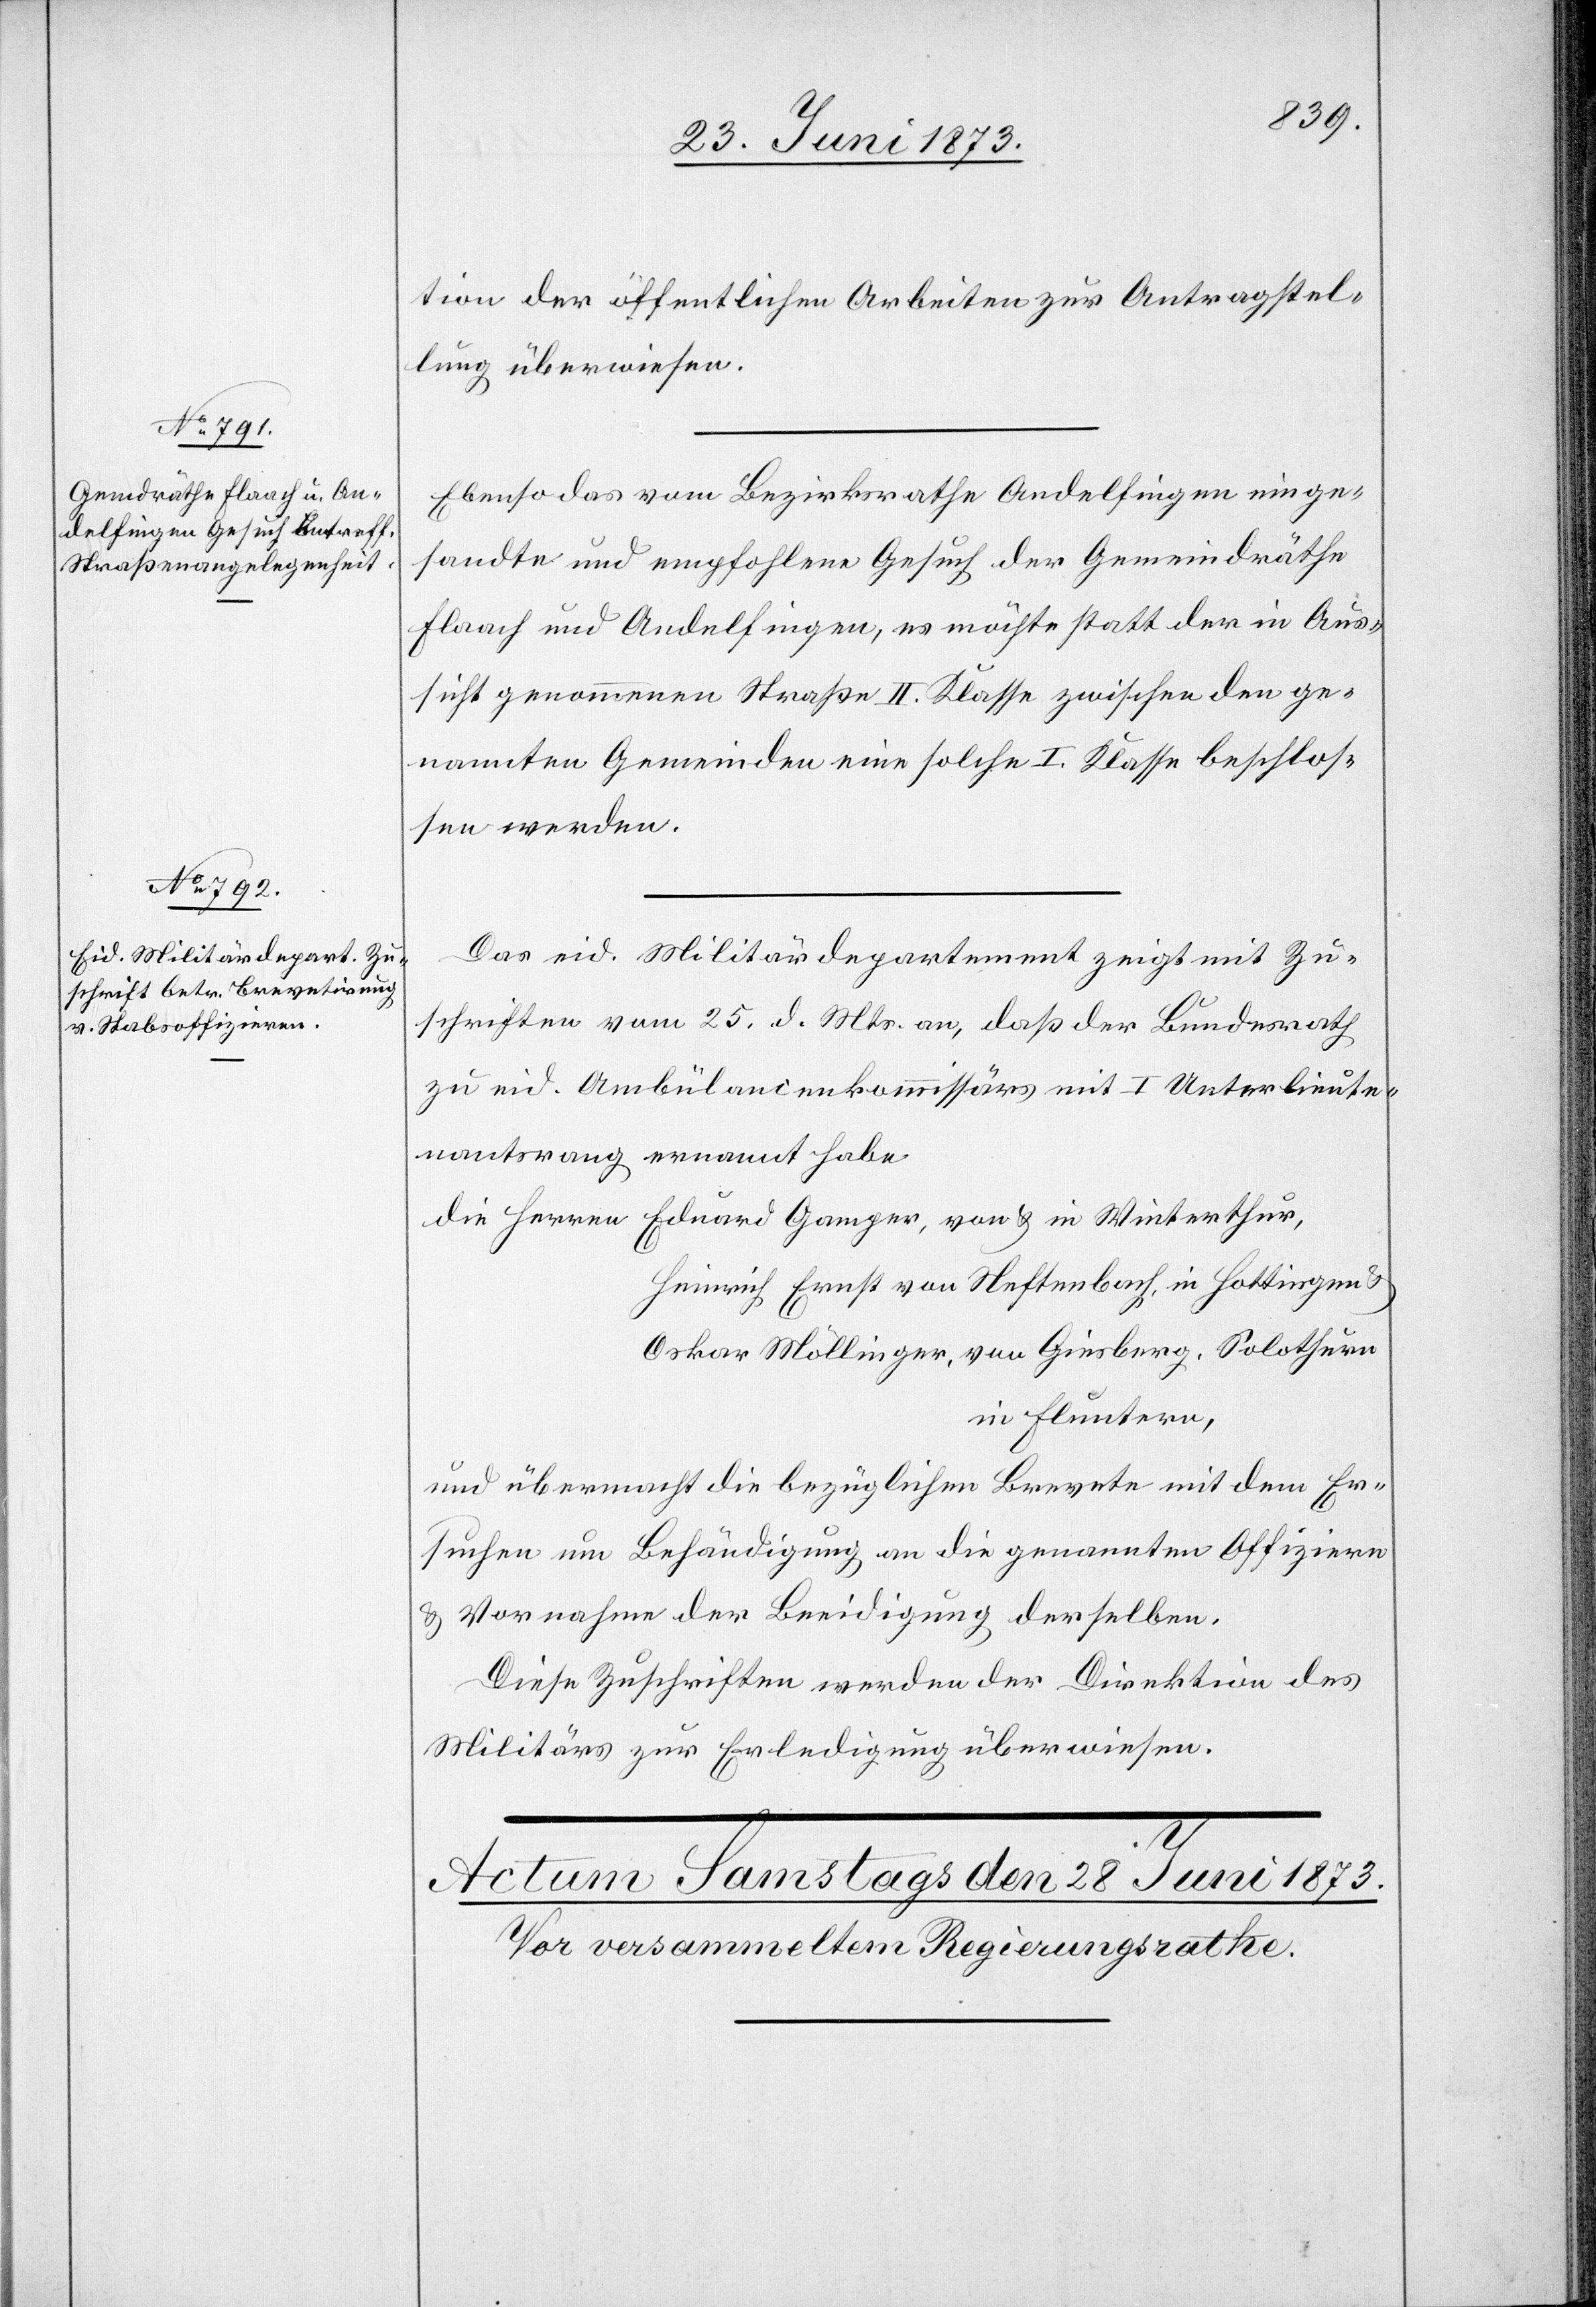
27. Juni 1873.]
tion der öffentlichen Arbeiten zur Antragstel¬
lung überwiesen.
Ebenso das vom Bezirksrathe Andelfingen einge¬
sandte und empfohlene Gesuch der Gemeindräthe
Flaach und Andelfingen, es möchte statt der in Aus¬
sicht genommenen Straße II. Klasse zwischen den ge¬
nannten Gemeinden eine solche I. Klasse beschlos¬
sen werden.
Das eid. Militärdepartement zeigt mit Zu¬
schriften vom 25. d. Mts. an, daß der Bundesrath
zu eid. Ambülancenkommissärs mit I Unterlieute¬
nantsrang ernannt habe
Heinrich Ernst von Neftenbach, in Hottingen &
Oskar Möllinger, von Giesberg, Solothurn
in Fluntern,
und übermacht die bezüglichen Brevete mit dem Er¬
suchen um Behändigung an die genannten Offiziere
& Vornahme der Beeidigung derselben.
Diese Zuschriften werden der Direktion des
Militärs zur Erledigung überwiesen.